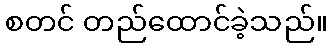
စတင် တည်ထောင်ခဲ့သည်။